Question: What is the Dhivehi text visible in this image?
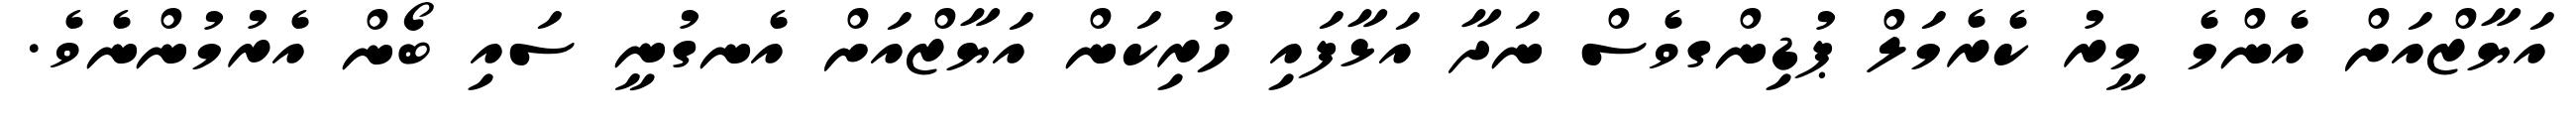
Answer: އަޔާޒްއަށް އެންމެ މީރު ކެރެމަލް ޕުޑިންގވެސް ނަދާ އަޅާފައި ހުރިކަން އަޔާޒްއަށް އެނގުނީ ސައި ބޯން އެރުމުންނެވެ.